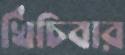
খিঁচিবার